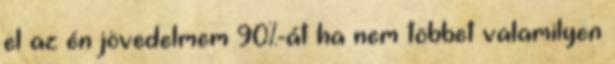
el az én jövedelmem 90%-át ha nem többet valamilyen